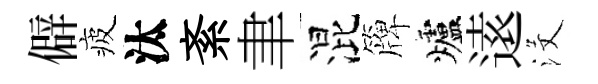
僻疲汰紊聿混簰爐逺沒